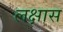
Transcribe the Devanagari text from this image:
लक्षास